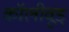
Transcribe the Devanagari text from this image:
कॉलीवूड्